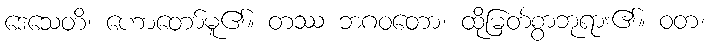
ဒေသေတိ၊ ဟောတော်မူ၏။ တဿ ဘဂဝတော၊ ထိုမြတ်စွာဘုရား၏။ ဝတ၊